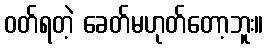
ဝတ်ရတဲ့ ခေတ်မဟုတ်တော့ဘူး။